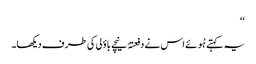
‘‘
یہ کہتے ہُوئے اس نے دفعتہً نیچے باؤلی کی طرف دیکھا۔